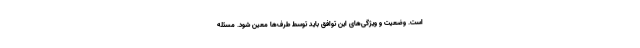
است. وضعیت و ویژگی‌های این توافق باید توسط طرف‌ها معین شود. مسئله